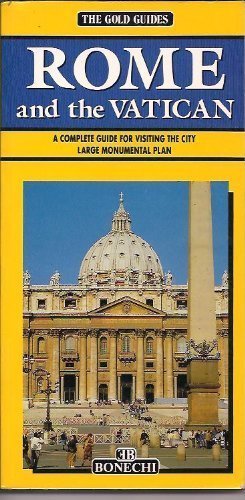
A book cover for Gold Guide to Rome & the Vatican (Bonechi Gold Guides); Casa Bonechi; Travel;